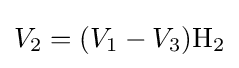
V_{2}=(V_{1}-V_{3})\mathrm {H_{2}}